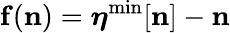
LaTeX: {\mathbf f}({\mathbf n})={\boldsymbol\eta}^{\mathrm{min}}[{\mathbf n}]-{\mathbf n}